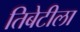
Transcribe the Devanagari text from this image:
तिबेटीला